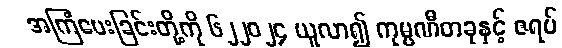
အကြံပေးခြင်းတို့ကို ၆၂၂၀၂၄ ယူလာ၍ ကုမ္ပဏီတခုနှင့် ဇရပ်